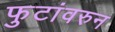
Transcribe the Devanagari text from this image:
फुटांवरुन